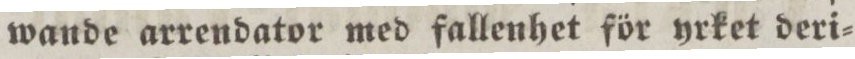
wande arrendator med fallenhet för yrket deri=